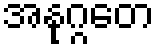
အနုဂ္ဂတေ